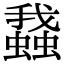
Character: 𧒎